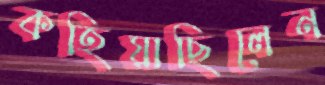
কহিয়াছিলেন